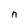
Character: n